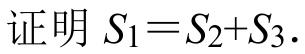
证明 \(S_{1}=S_{2}+S_{3}\).